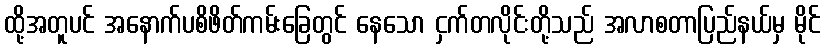
ထို့အတူပင် အနောက်ပစိဖိတ်ကမ်းခြေတွင် နေသော ငှက်တလိုင်းတို့သည် အလာစတာပြည်နယ်မှ မိုင်